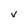
Character: v